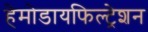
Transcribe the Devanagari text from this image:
हेमोडायफिल्ट्रेशन